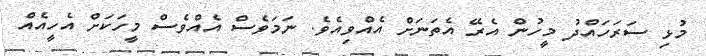
މުޅި ސަރަހައްދު މީހުން އެރޭ އެތަނަށް އެއްވިއެވެ. ނަމަވެސް އެއްވެސް މީހަކަށް އެހީއެއް